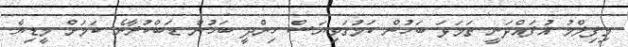
މިފިލްމު އުފައްދަނީ ތަމަޅަ ބަހުން ކަމުގަވިޔަސް ހިންދީ ބަހުން ޑަބްކުރާނެ ކަމަށް މީޑިޔާ